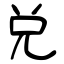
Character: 兑